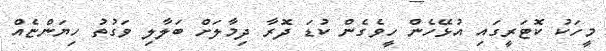
މީހަކު ކޮޓަރީގައި އުޅޭހެން ހީވެގެން ކުޑަ ދޮރާ ދިމާލަށް ބަލާލި ވަގުތު ހިޔަންޏެއް